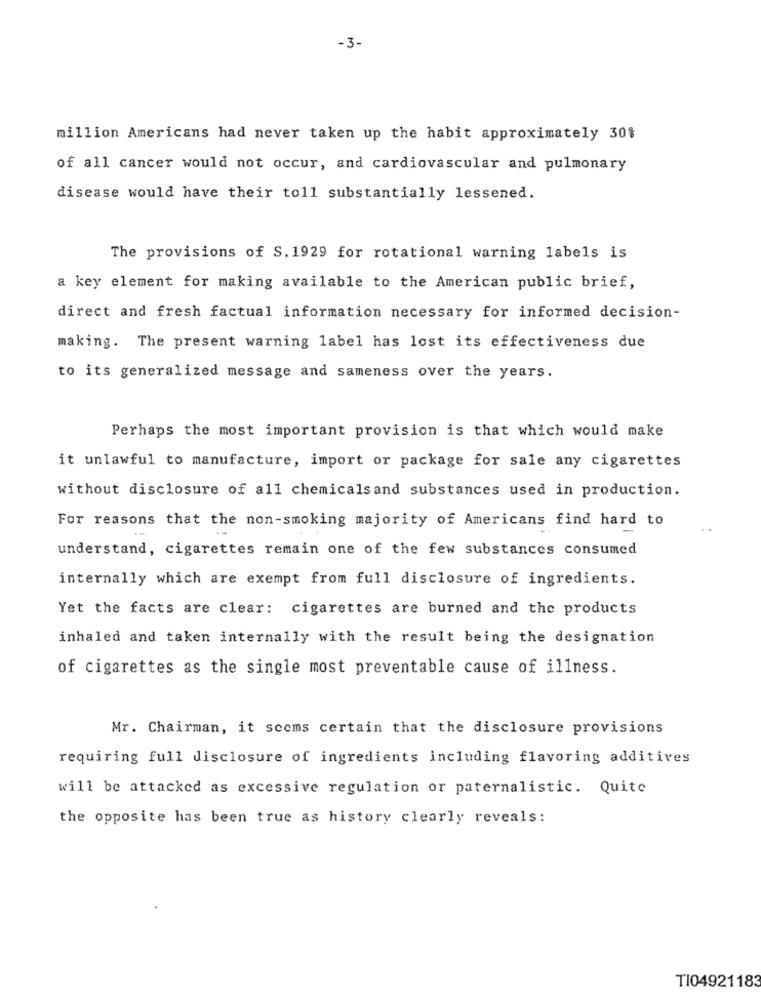
-3-
million Americans had never taken up the habit approximately 30%
of all cancer would not occur, and cardiovascular and pulmonary
disease would have their toll substantially lessened.
The provisions of S. 1929 for rotational warning labels is
a key element for making available to the American public brief,
direct and fresh factual information necessary for informed decision-
making. The present warning label has lost its effectiveness due
to its generalized message and sameness over the years.
Perhaps the most important provision is that which would make
it unlawful to manufacture, import or package for sale any cigarettes
without disclosure of all chemicalsand substances used in production.
For reasons that the non-smoking majority of Americans find hard to
understand, cigarettes remain one of the few substances consumed
internally which are exempt from full disclosure of ingredients.
Yet the facts are clear: cigarettes are burned and the products
inhaled and taken internally with the result being the designation
of cigarettes as the single most preventable cause of illness.
Mr. Chairman, it scoms certain that the disclosure provisions
requiring full disclosure of ingredients including flavoring additives
will be attacked as excessive regulation or paternalistic. Quite
the opposite has been true as history clearly reveals:
TI04921183